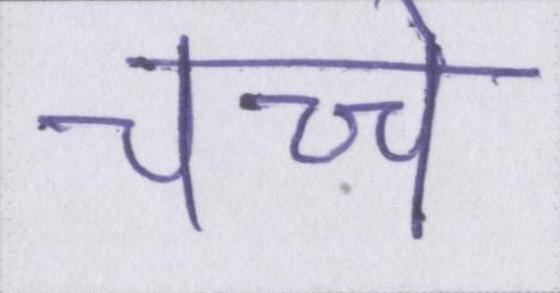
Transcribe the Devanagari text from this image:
चच्चे